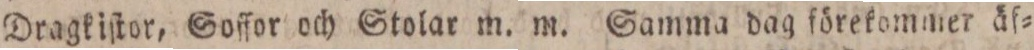
Dragkiſtor, Soffor och Stolar m. m. Samma dag förekommer äf=